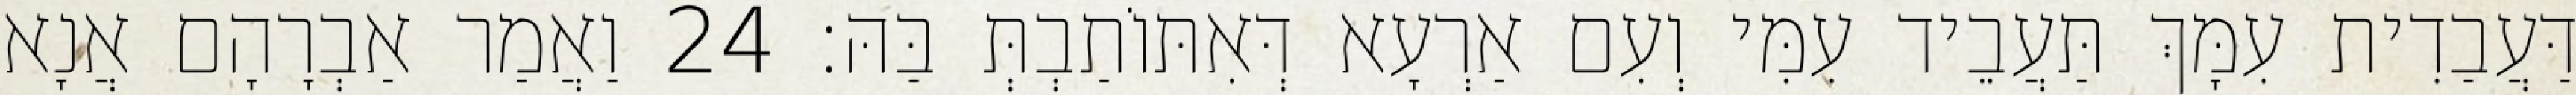
דַּעֲבַדִית עִמָּךְ תַּעֲבֵיד עִמִּי וְעִם אַרְעָא דְּאִתּוֹתַבְתְּ בַּהּ׃ 24 וַאֲמַר אַבְרָהָם אֲנָא